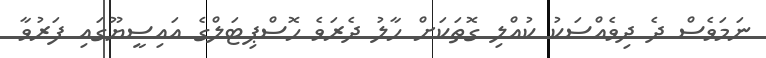
ނަމަވެސް ދެ ދިވެއްސަކު ކުއްލި ގޮތަކަށް ހާލު ދެރަވެ ހޮސްޕިޓަލްގެ އައިސީޔޫގައި ފަރުވާ